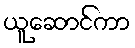
ယူဆောင်ကာ